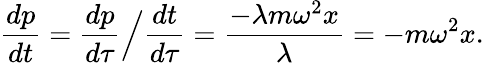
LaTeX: {\frac{dp}{dt}}={\frac{dp}{d\tau}}{\Big/}{\frac{dt}{d\tau}}={\frac{-\lambda m\omega^{2}x}{\lambda}}=-m\omega^{2}x.